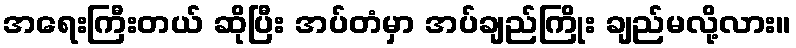
အရေးကြီးတယ် ဆိုပြီး အပ်တံမှာ အပ်ချည်ကြိုး ချည်မလို့လား။